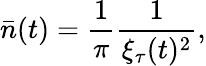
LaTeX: {\bar{n}}(t)=\frac{1}{\pi}\frac{1}{\xi_{\tau}(t)^{2}},